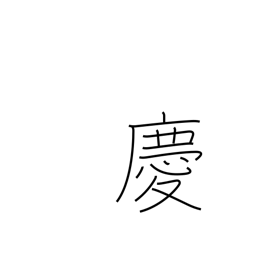
Meaning: congratulate